Subject: physics
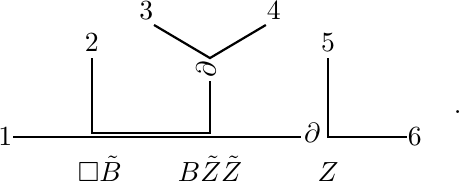
LaTeX code:
\begin{tikzpicture}[baseline={(0, +0.3cm)}]
\draw[thick] (-2.5,0) -- (1.15,0);
\draw[thick] (1.5,0) -- (2.5,0);
\draw[thick] (-1.5,1) -- (-1.5,0.05)--(0,0.05)--(0,0.71);
\draw[thick] (1.5,1) -- (1.5,0) -- (2.5,0);
\draw[thick] (0.71,1.42) -- (0,1) -- (-0.71,1.42);
\node at (-2.6,0) {$1$};
\node at (-1.5,1.2) {$2$};
\node at (-.81,1.6) {$3$};
\node at (.81,1.6) {$4$};
\node at (1.5,1.2) {$5$};
\node at (2.6,0) {$6$};
\node at (-1.4,-0.4) {$\Box \tilde{B}$};
\node at (0,-0.4) {$B \tilde{Z}\tilde{Z}$};
\node at (1.5,-0.45) {$Z$};
\node at (-0.05,0.85) {\rotatebox[origin=c]{90}{$\partial$}};
\node at (1.3,0.05) {$\partial$};
\end{tikzpicture} \, .